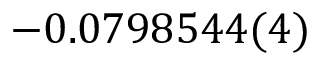
- 0 . 0 7 9 8 5 4 4 ( 4 )